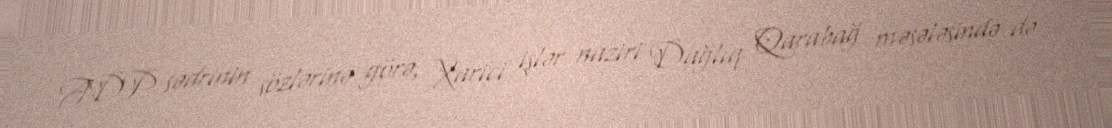
ADP sədrinin sözlərinə görə, Xarici işlər naziri Dağlıq Qarabağ məsələsində də